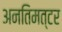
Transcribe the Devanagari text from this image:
अनतिमत्टर